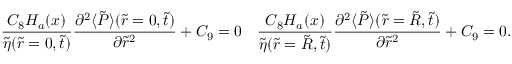
\frac { C _ { 8 } H _ { a } ( x ) } { \tilde { \eta } ( \tilde { r } = 0 , \tilde { t } ) } \frac { \partial ^ { 2 } \langle \tilde { P } \rangle ( \tilde { r } = 0 , \tilde { t } ) } { \partial \tilde { r } ^ { 2 } } + C _ { 9 } = 0 \mathrm { ~ и ~ } \frac { C _ { 8 } H _ { a } ( x ) } { \tilde { \eta } ( \tilde { r } = \tilde { R } , \tilde { t } ) } \frac { \partial ^ { 2 } \langle \tilde { P } \rangle ( \tilde { r } = \tilde { R } , \tilde { t } ) } { \partial \tilde { r } ^ { 2 } } + C _ { 9 } = 0 .